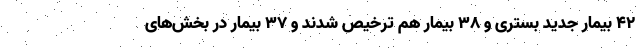
۴۲ بیمار جدید بستری و ۳۸ بیمار هم ترخیص شدند و ۳۷ بیمار در بخش‌های